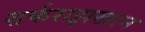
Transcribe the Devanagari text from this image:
सर्फराझखान